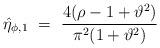
LaTeX: \begin{align*}\hat{\eta}_{\phi,1} ~=~ \frac{4(\rho-1+\vartheta^2)}{\pi^2(1+\vartheta^2)}\end{align*}